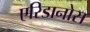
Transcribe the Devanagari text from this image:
एरिडानोस